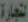
لتجارة